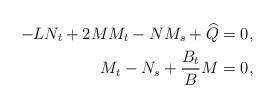
LaTeX: \begin{align*}-LN_t+2MM_t-NM_s+\widehat{Q}&=0,\\M_t-N_s+\frac{B_t}{B}M&=0,\end{align*}